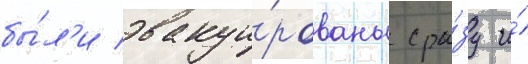
бы́л'и эвакуи́рованы сра́зу и́